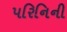
પરિનિની